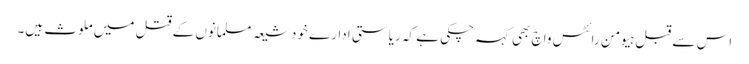
اس سے قبل ہیومن رائٹس واچ بھی کہہ چکی ہے کہ ریاستی ادارے خود شیعہ مسلمانوں کے قتل میں ملوث ہیں۔